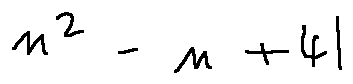
n ^ { 2 } - n + 4 1